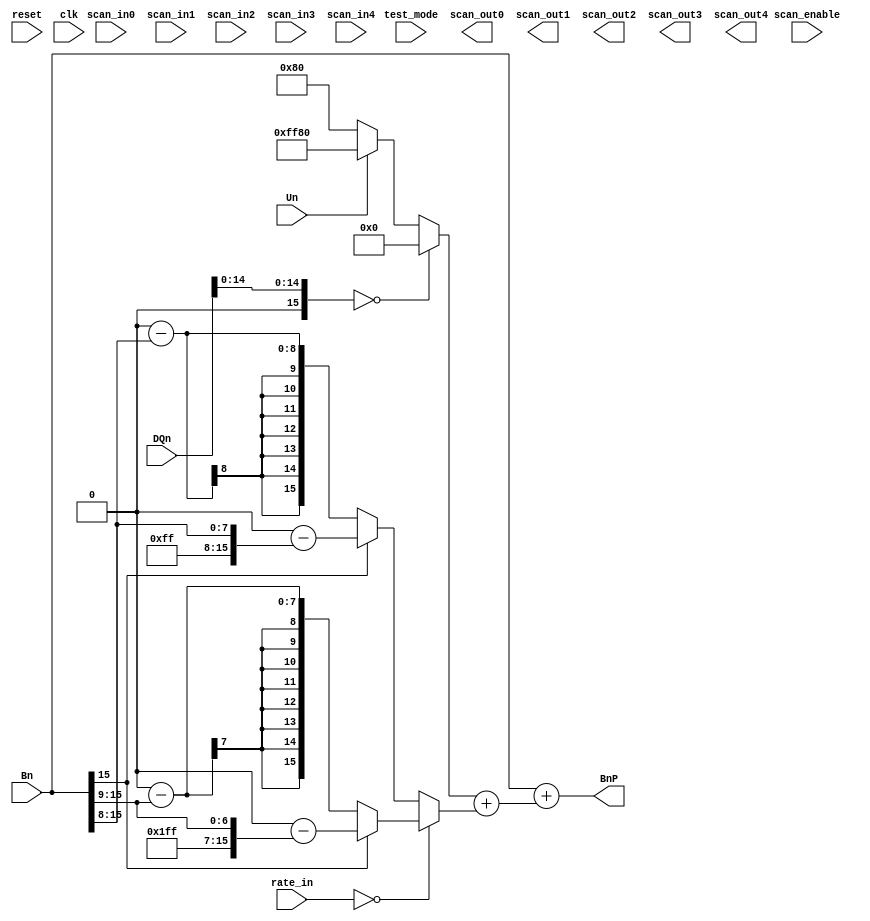
module UPB (
input			reset,
input			clk,
input	[1:0]		rate_in,
input			Un,
input [15:0]	DQn,
input [15:0]	Bn,
input			scan_in0,
input			scan_in1,
input			scan_in2,
input			scan_in3,
input			scan_in4,
input			scan_enable,
input			test_mode,
output		scan_out0,
output		scan_out1,
output		scan_out2,
output		scan_out3,
output		scan_out4,
output reg [15:0] BnP
	);

wire [15:0] DQnMAG;	// Just the magnitude of DQ (strips the sign bit)

wire 		BnS;		// sign bit of input B

wire [15:0] UBn;

reg [15:0] UGBn;		// Gain factor
reg [15:0] ULBn;		// Leak Factor (feed back input)

assign DQnMAG = {1'b0, DQn[14:0]};	// Assign to the magnitude of DQ

assign BnS = Bn[15];	// Grab the sign bit of the coefficient input

// Updates UGB
always@ (DQnMAG, Un) begin
	if (DQnMAG == 16'h0000) begin
		UGBn <= 16'h0000;		// If DQnMAG is 0, gain factor is 0
	end else if (Un) begin
		UGBn <= 16'hFF80;		// If Un is 1, gain is -1/128.
	end else begin
		UGBn <= 16'h0080;		// If Un is 0, gain is +1/128.
	end
end

// Updates ULB
always@ (Bn, BnS, rate_in) begin
	if (rate_in == 2'b00) begin
		if (BnS) begin
			ULBn <= 17'h10000 - ({9'h1FF, Bn[15:9]});
		end else begin
			ULBn <= 17'h10000 - ({9'h000, Bn[15:9]});
		end
	end else begin
		if (BnS) begin
			ULBn <= 17'h10000 - ({8'hFF, Bn[15:8]});
		end else begin
			ULBn <= 17'h10000 - ({8'h00, Bn[15:8]});
		end
	end
end

assign UBn = UGBn + ULBn;

// Adds the gain to Bn, and updates the output coefficient
always@ (UBn, Bn) begin
	
	BnP <= Bn + UBn;
end

endmodule